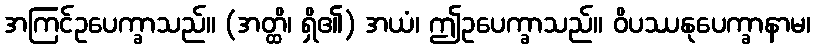
အကြင်ဥပေက္ခာသည်။ (အတ္ထိ၊ ရှိ၏) အယံ၊ ဤဥပေက္ခာသည်။ ဝိပဿနုပေက္ခာနာမ၊